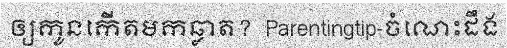
ឲ្យកូនកើតមកឆ្លាត?  Parentingtip-ចំណេះដឹង